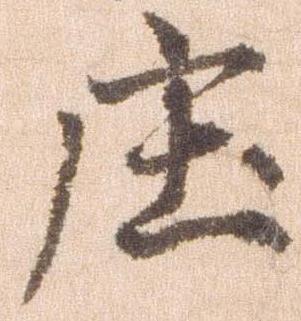
庄